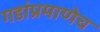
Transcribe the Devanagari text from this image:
गडांप्रमाणेच